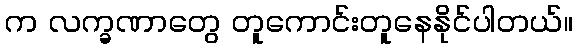
က လက္ခဏာတွေ တူကောင်းတူနေနိုင်ပါတယ်။